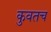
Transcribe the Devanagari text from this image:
कुवतच